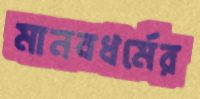
মানবধর্মের